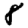
Digit: 8